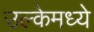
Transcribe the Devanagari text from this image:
उल्केमध्ये